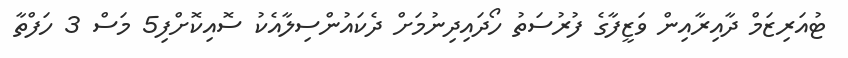
ޓުއަރިޒަމް ދާއިރާއިން ވަަޒީފާގެ ފުރުސަތު ހޯދައިދިނުމަށް ދެކައުންސިލާއެކު ސޮއިކޮށްފި5 މަސް 3 ހަފްތާ